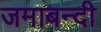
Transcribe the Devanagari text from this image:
जमाबन्दी